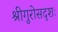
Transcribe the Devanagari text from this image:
श्रीगुरोसदृशः